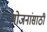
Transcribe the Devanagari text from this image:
प्रयोजनांसाठी